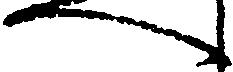
へ